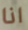
انا